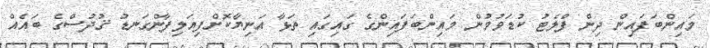
މައިންބަފައިން ދިން ފްލެޓު ކުޑަވުމުން މައިންބަފައިންގެ ގައިގައި ތަޅާ އަނިޔާކޮށްފިއަލިފާންގަނޑު ޤުދުސްގެ ބައެއް